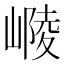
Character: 𡻴